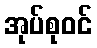
အုပ်စုဝင်